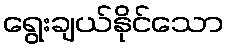
ရွေးချယ်နိုင်သော